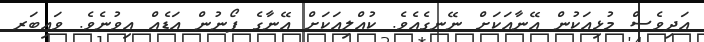
އަދިވެސް މުޅިއަކުން އޭނާއަކަށް ނޭނގެއެވެ. ކުއްލިއަކަށް އޭނާގެ ފޯނުން އަޑެއް އިވުނެވެ. ވައިބަރ